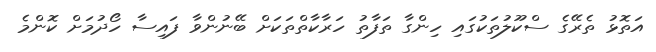
އަތޮޅު ތެރޭގެ ސްކޫލުތަކުގައި ހިންގާ ތަފާތު ހަރާކާތްތަކަށް ބޭނުންވާ ފައިސާ ހޯދުމަށް ކޮންމެ